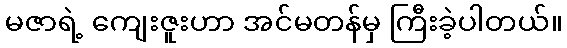
မဇာရဲ့ ကျေးဇူးဟာ အင်မတန်မှ ကြီးခဲ့ပါတယ်။